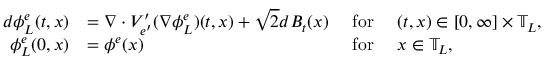
\begin{array} { r l r l } { d \phi _ { L } ^ { e } ( t , x ) } & { = \nabla \cdot V _ { e ^ { \prime } } ^ { \prime } ( \nabla \phi _ { L } ^ { e } ) ( t , x ) + \sqrt { 2 } d B _ { t } ( x ) } & { ~ \mathrm { f o r } ~ } & { ( t , x ) \in [ 0 , \infty ] \times \mathbb { T } _ { L } , } \\ { \phi _ { L } ^ { e } ( 0 , x ) } & { = \phi ^ { e } ( x ) } & { ~ \mathrm { f o r } ~ } & { x \in \mathbb { T } _ { L } , } \end{array}